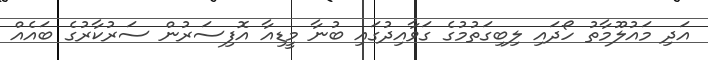
އަދި މައުލޫމާތު ހޯދައި ލިބިގަތުމުގެ ގަވާއިދުގައި ބުނާ މީޑިއާ އޮފިސަރުން ސަރުކާރުގެ ބައެއް